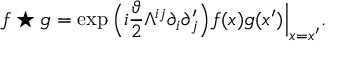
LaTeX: f \star g = \exp \Big ( i \frac { \vartheta } { 2 } \Lambda ^ { i j } \partial _ { i } \partial _ { j } ^ { \prime } \Big ) f ( x ) g ( x ^ { \prime } ) \Big \vert _ { x = x ^ { \prime } } .